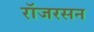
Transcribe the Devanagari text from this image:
रॉजरसन